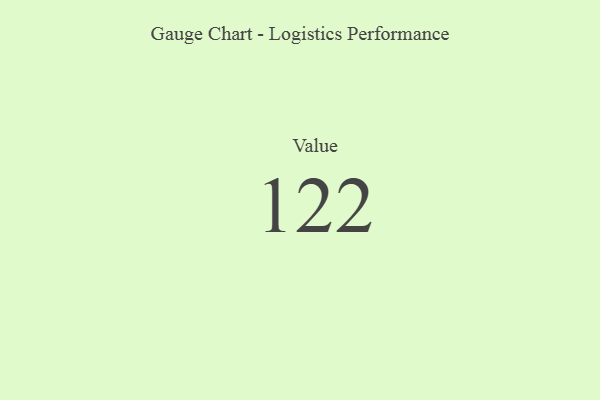
{"axis": {"x": "Metric", "y": "Value"}, "legend": [""], "data": [{"x": "Value", "y": 122, "type": ""}]}